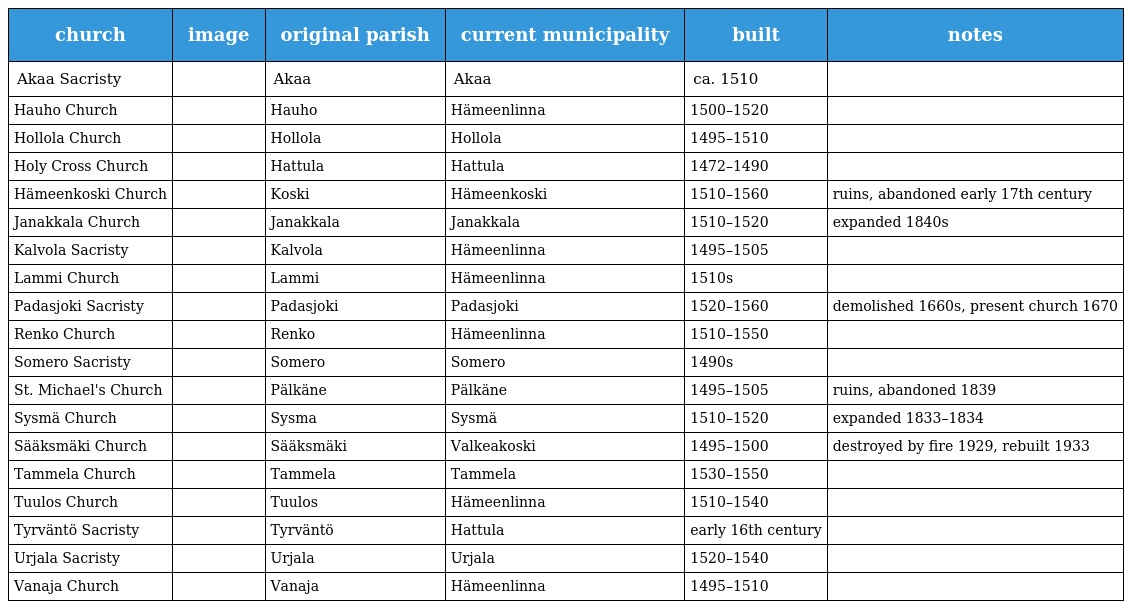
| church | image | original parish | current municipality | built | notes |
 | --- | --- | --- | --- | --- | --- |
 | Akaa Sacristy |  | Akaa | Akaa | ca. 1510 |  |
 | Hauho Church |  | Hauho | Hämeenlinna | 1500–1520 |  |
 | Hollola Church |  | Hollola | Hollola | 1495–1510 |  |
 | Holy Cross Church |  | Hattula | Hattula | 1472–1490 |  |
 | Hämeenkoski Church |  | Koski | Hämeenkoski | 1510–1560 | ruins, abandoned early 17th century |
 | Janakkala Church |  | Janakkala | Janakkala | 1510–1520 | expanded 1840s |
 | Kalvola Sacristy |  | Kalvola | Hämeenlinna | 1495–1505 |  |
 | Lammi Church |  | Lammi | Hämeenlinna | 1510s |  |
 | Padasjoki Sacristy |  | Padasjoki | Padasjoki | 1520–1560 | demolished 1660s, present church 1670 |
 | Renko Church |  | Renko | Hämeenlinna | 1510–1550 |  |
 | Somero Sacristy |  | Somero | Somero | 1490s |  |
 | St. Michael's Church |  | Pälkäne | Pälkäne | 1495–1505 | ruins, abandoned 1839 |
 | Sysmä Church |  | Sysma | Sysmä | 1510–1520 | expanded 1833–1834 |
 | Sääksmäki Church |  | Sääksmäki | Valkeakoski | 1495–1500 | destroyed by fire 1929, rebuilt 1933 |
 | Tammela Church |  | Tammela | Tammela | 1530–1550 |  |
 | Tuulos Church |  | Tuulos | Hämeenlinna | 1510–1540 |  |
 | Tyrväntö Sacristy |  | Tyrväntö | Hattula | early 16th century |  |
 | Urjala Sacristy |  | Urjala | Urjala | 1520–1540 |  |
 | Vanaja Church |  | Vanaja | Hämeenlinna | 1495–1510 |  |